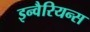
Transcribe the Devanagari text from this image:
इन्वैरियन्स